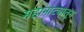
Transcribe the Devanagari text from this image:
महानाट्यातून